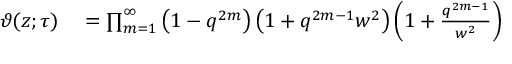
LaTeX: \begin{array} { r l } { \vartheta ( z ; \tau ) } & { { } = \prod _ { m = 1 } ^ { \infty } \left( 1 - q ^ { 2 m } \right) \left( 1 + q ^ { 2 m - 1 } w ^ { 2 } \right) \left( 1 + { \frac { q ^ { 2 m - 1 } } { w ^ { 2 } } } \right) } \end{array}